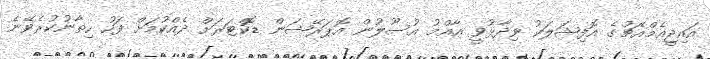
އައިޖީއެމްއެޗުގެ އޮފިޝަލަކު ވިދާޅުވީ އާއްމު އުސޫލުން އޮޕަރޭޝަން ޑޮކްޓަރަށް ދެއްކުމަށް ފަހު ހިތާނުކުރެވޭނެ